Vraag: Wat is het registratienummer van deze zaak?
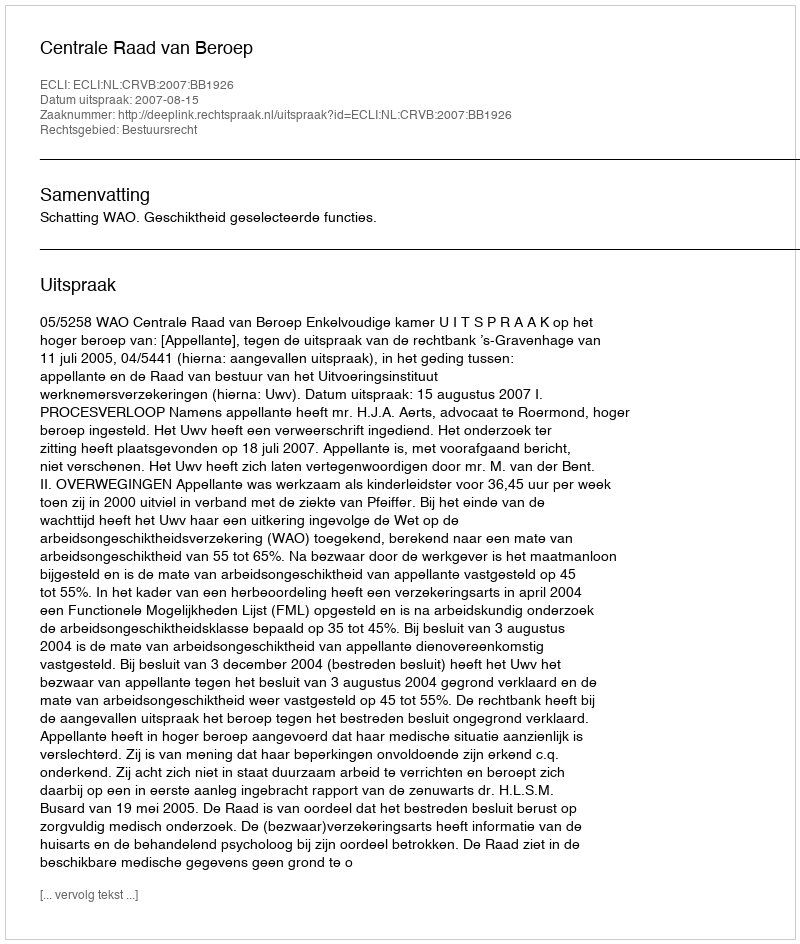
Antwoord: http://deeplink.rechtspraak.nl/uitspraak?id=ECLI:NL:CRVB:2007:BB1926